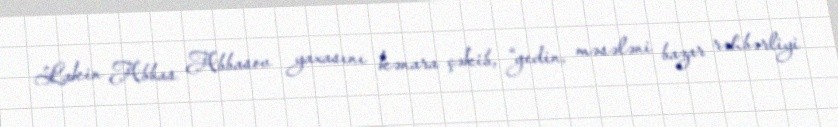
Lakin Abbas Abbasov yaxasını kənara çəkib, “gedin, məsələni bazar rəhbərliyi